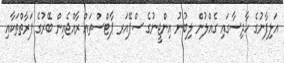
އަލިފާނުގެ ހާދިސާގައި ގެއްލުން ލިބުނު އިންޖީނުގެ ސްޕޭއަރ ޕާޓްސްތައް ރާއްޖެއިން ބޭރުގެ ފަރާތްތަކާއި